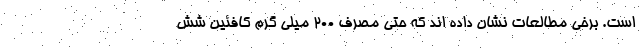
است. برخی مطالعات نشان داده اند که حتی مصرف 200 میلی گرم کافئین شش